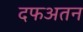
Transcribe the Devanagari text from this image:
दफअतन